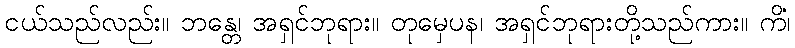
ငယ်သည်လည်း။ ဘန္တေ၊ အရှင်ဘုရား။ တုမှေပန၊ အရှင်ဘုရားတို့သည်ကား။ ကိံ၊